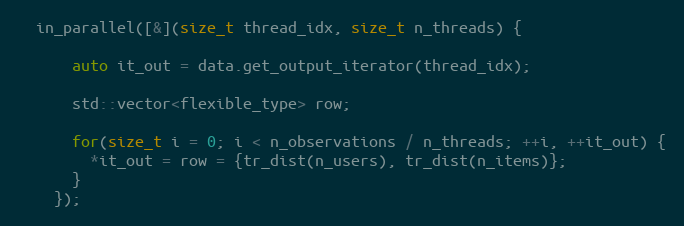
Language: C++
  in_parallel([&](size_t thread_idx, size_t n_threads) {

      auto it_out = data.get_output_iterator(thread_idx);

      std::vector<flexible_type> row;

      for(size_t i = 0; i < n_observations / n_threads; ++i, ++it_out) {
        *it_out = row = {tr_dist(n_users), tr_dist(n_items)};
      }
    });